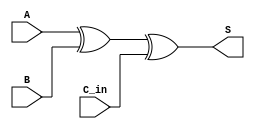
/*
    CS/ECE 552 Spring '19
    Homework #3, Problem 2
    
    a 1-bit full adder
*/
module fullAdder_1b(A, B, C_in, S);//, P_out, G_out);
    input  A, B; // inputs
    input  C_in;
    output S; // sum

    assign S = A ^ B ^ C_in;


endmodule